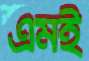
এমই